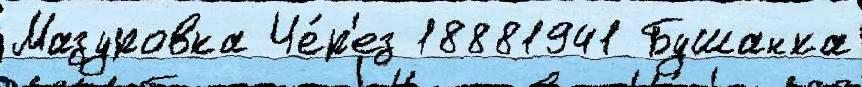
Мазуровка Че́р'ез 18881941 Бушанка